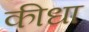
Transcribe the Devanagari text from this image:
कीधा